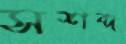
সশব্দ